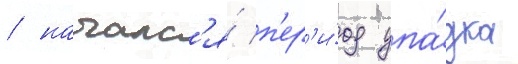
/ началс'я́ п'ер'и́од упа́дка